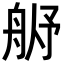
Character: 𬜓